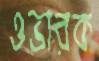
ওভারক